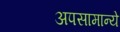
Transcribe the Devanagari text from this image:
अपसामान्ये